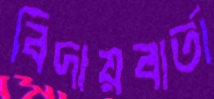
বিদায়বার্তা